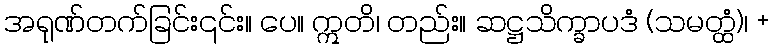
အရုဏ်တက်ခြင်း၎င်း။ ပေ။ ဣတိ၊ တည်း။ ဆဋ္ဌသိက္ခာပဒံ (သမတ္ထံ)၊ +